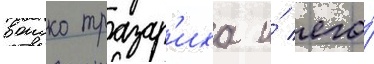
воиско тразар'иха и́ его́